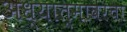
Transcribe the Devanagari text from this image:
अध्यात्मावरचा